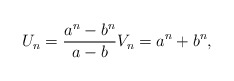
\begin{align*}U_{n}=\frac{a^{n}-b^{n}}{a -b } V_{n}=a^{n}+b^{n},\end{align*}